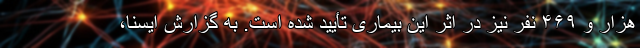
هزار و ۴۶۹ نفر نیز در اثر این بیماری تأیید شده است. به گزارش ایسنا،